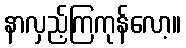
နာလှည့်ကြကုန်လော့။